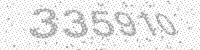
Solution: 335910